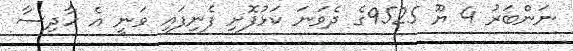
ނަންބަރު 4 ޔޫ 9525ގެ ދެވަނަ ކަޅުފޮށި ފެނިފައި ވަނީ އެ ހާދިސާ